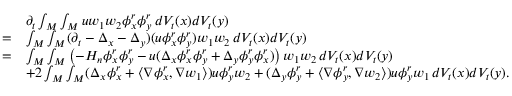
\begin{array} { r l } & { \partial _ { t } \int _ { M } \int _ { M } u w _ { 1 } w _ { 2 } \phi _ { x } ^ { r } \phi _ { y } ^ { r } \, d V _ { t } ( x ) d V _ { t } ( y ) } \\ { = } & { \int _ { M } \int _ { M } ( \partial _ { t } - \Delta _ { x } - \Delta _ { y } ) ( u \phi _ { x } ^ { r } \phi _ { y } ^ { r } ) w _ { 1 } w _ { 2 } \, d V _ { t } ( x ) d V _ { t } ( y ) } \\ { = } & { \int _ { M } \int _ { M } \left( - H _ { n } \phi _ { x } ^ { r } \phi _ { y } ^ { r } - u ( \Delta _ { x } \phi _ { x } ^ { r } \phi _ { y } ^ { r } + \Delta _ { y } \phi _ { y } ^ { r } \phi _ { x } ^ { r } ) \right) w _ { 1 } w _ { 2 } \, d V _ { t } ( x ) d V _ { t } ( y ) } \\ & { + 2 \int _ { M } \int _ { M } ( \Delta _ { x } \phi _ { x } ^ { r } + \langle \nabla \phi _ { x } ^ { r } , \nabla w _ { 1 } \rangle ) u \phi _ { y } ^ { r } w _ { 2 } + ( \Delta _ { y } \phi _ { y } ^ { r } + \langle \nabla \phi _ { y } ^ { r } , \nabla w _ { 2 } \rangle ) u \phi _ { y } ^ { r } w _ { 1 } \, d V _ { t } ( x ) d V _ { t } ( y ) . } \end{array}